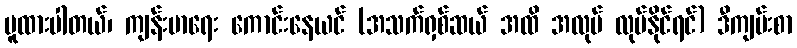
မူထားပါတယ်၊ ကျန်းမာရေး ကောင်းနေယင် (အသက်ရှစ်ဆယ် အထိ အလုပ် လုပ်နိုင်ရင်) ဒီကျမ်းစာ